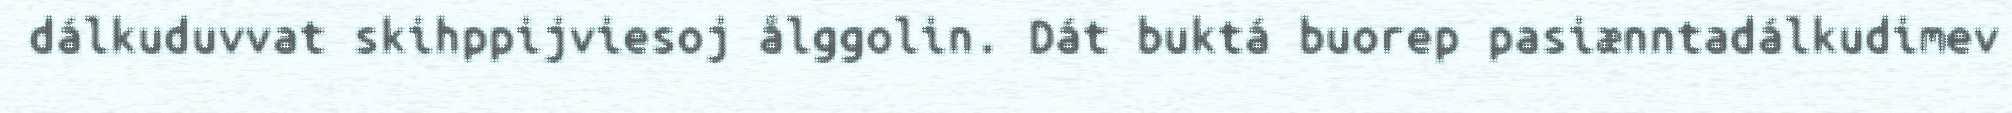
dálkuduvvat skihppijviesoj ålggolin. Dát buktá buorep pasiænntadálkudimev